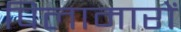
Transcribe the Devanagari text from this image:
पिलामारों